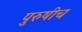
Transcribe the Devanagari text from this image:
पुरुषीच